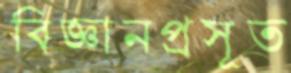
বিজ্ঞানপ্রসূত